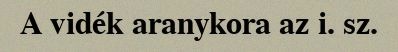
A vidék aranykora az i. sz.